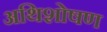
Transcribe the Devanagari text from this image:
अथिशोषण